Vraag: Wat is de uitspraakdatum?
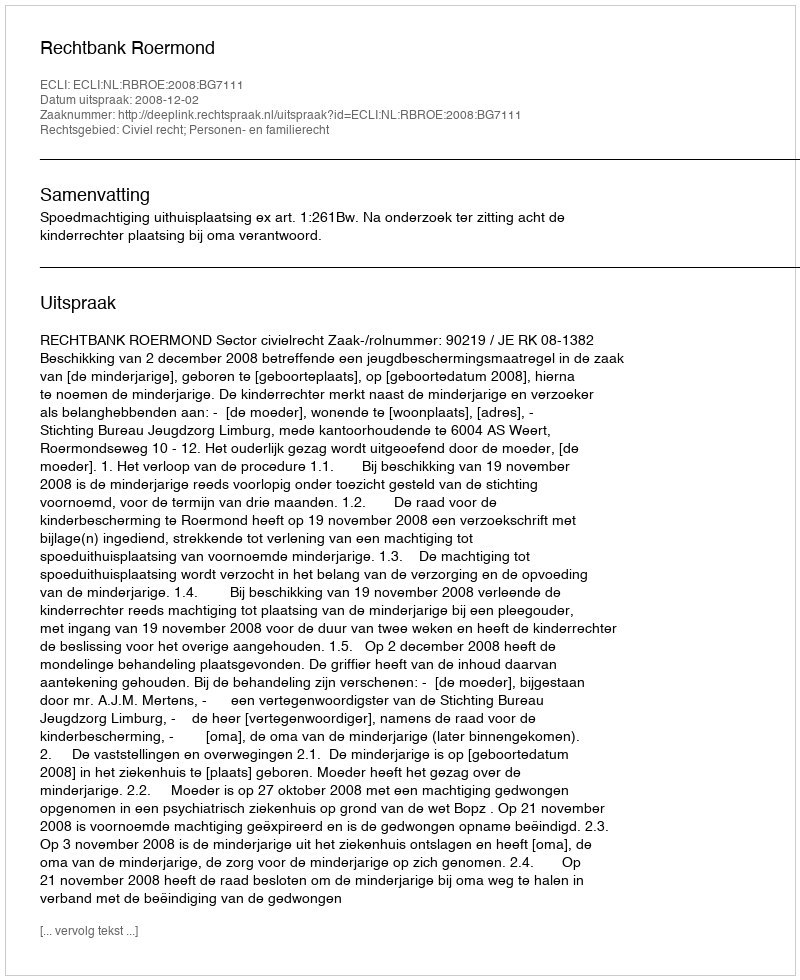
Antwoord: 2008-12-02